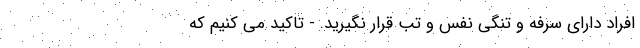
افراد دارای سرفه و تنگی نفس و تب قرار نگیرید. - تاکید می کنیم که